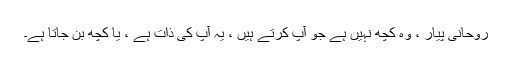
روحانی پیار ، وہ کچھ نہیں ہے جو آپ کرتے ہیں ، یہ آپ کی ذات ہے ، یا کچھ بن جاتا ہے۔